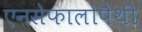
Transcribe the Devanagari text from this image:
एनसेफालोपैथी